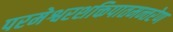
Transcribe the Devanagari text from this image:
परमेश्वरशक्तिपातमन्तरेण